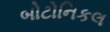
બોટોનિકલ